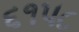
૬૧૫૮